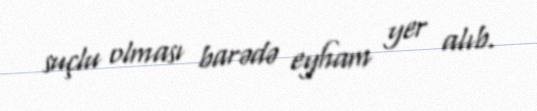
suçlu olması barədə eyham yer alıb.